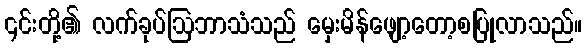
၎င်းတို့၏ လက်ခုပ်ဩဘာသံသည် မှေးမိန်ဖျော့တော့စပြုလာသည်။